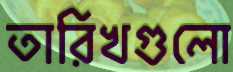
তারিখগুলো